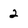
Character: 2